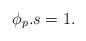
LaTeX: \begin{align*}\phi_p.s=1.\end{align*}